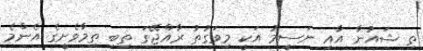
ތި ޝައުނާ އާއި ނަސީމު އަކީ މިވަގުތު ރާއްޖޭގަ ތިބި ތިމާވެށީގެ އެންމެ